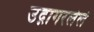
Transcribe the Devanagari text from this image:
उद्गागरलेले